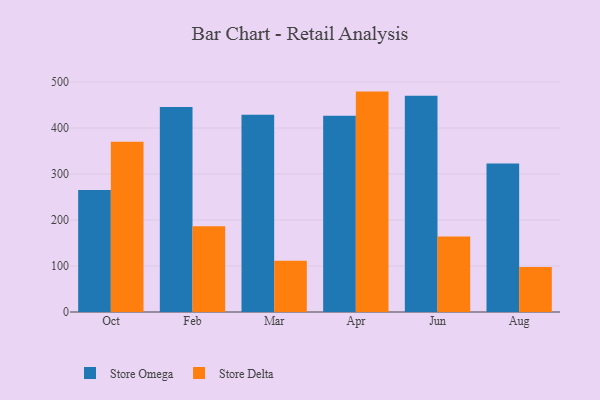
{"axis": {"x": "Month", "y": "Budget (USD K)"}, "legend": ["Store Delta", "Store Omega"], "data": [{"x": "Oct", "y": 265.2, "type": "Store Omega"}, {"x": "Oct", "y": 370.2, "type": "Store Delta"}, {"x": "Feb", "y": 445.9, "type": "Store Omega"}, {"x": "Feb", "y": 186.2, "type": "Store Delta"}, {"x": "Mar", "y": 428.6, "type": "Store Omega"}, {"x": "Mar", "y": 111.3, "type": "Store Delta"}, {"x": "Apr", "y": 426.7, "type": "Store Omega"}, {"x": "Apr", "y": 479.2, "type": "Store Delta"}, {"x": "Jun", "y": 470.3, "type": "Store Omega"}, {"x": "Jun", "y": 164.3, "type": "Store Delta"}, {"x": "Aug", "y": 323.0, "type": "Store Omega"}, {"x": "Aug", "y": 97.8, "type": "Store Delta"}]}